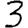
Digit: 3